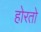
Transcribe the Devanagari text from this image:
होरतो